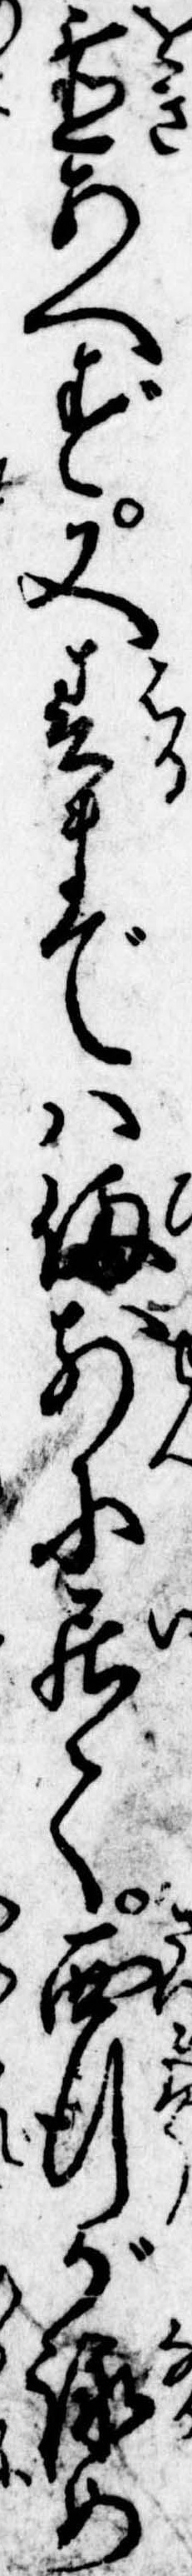
置あへず又春までは備前に居て西行が詠め